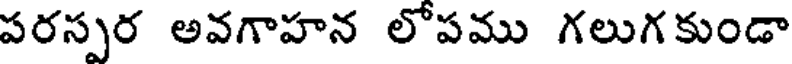
పరస్పర అవగాహన లోపము గలుగకుండా